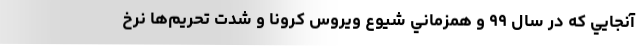
آنجايي كه در سال ۹۹ و همزماني شيوع ويروس كرونا و شدت تحريم‌ها نرخ